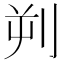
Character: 𪟄